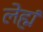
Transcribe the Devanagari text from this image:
लेह्मं